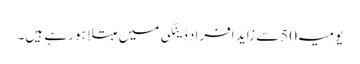
یومیہ 50سے زاید افراد ڈینگی میں مبتلا ہو رہے ہیں۔